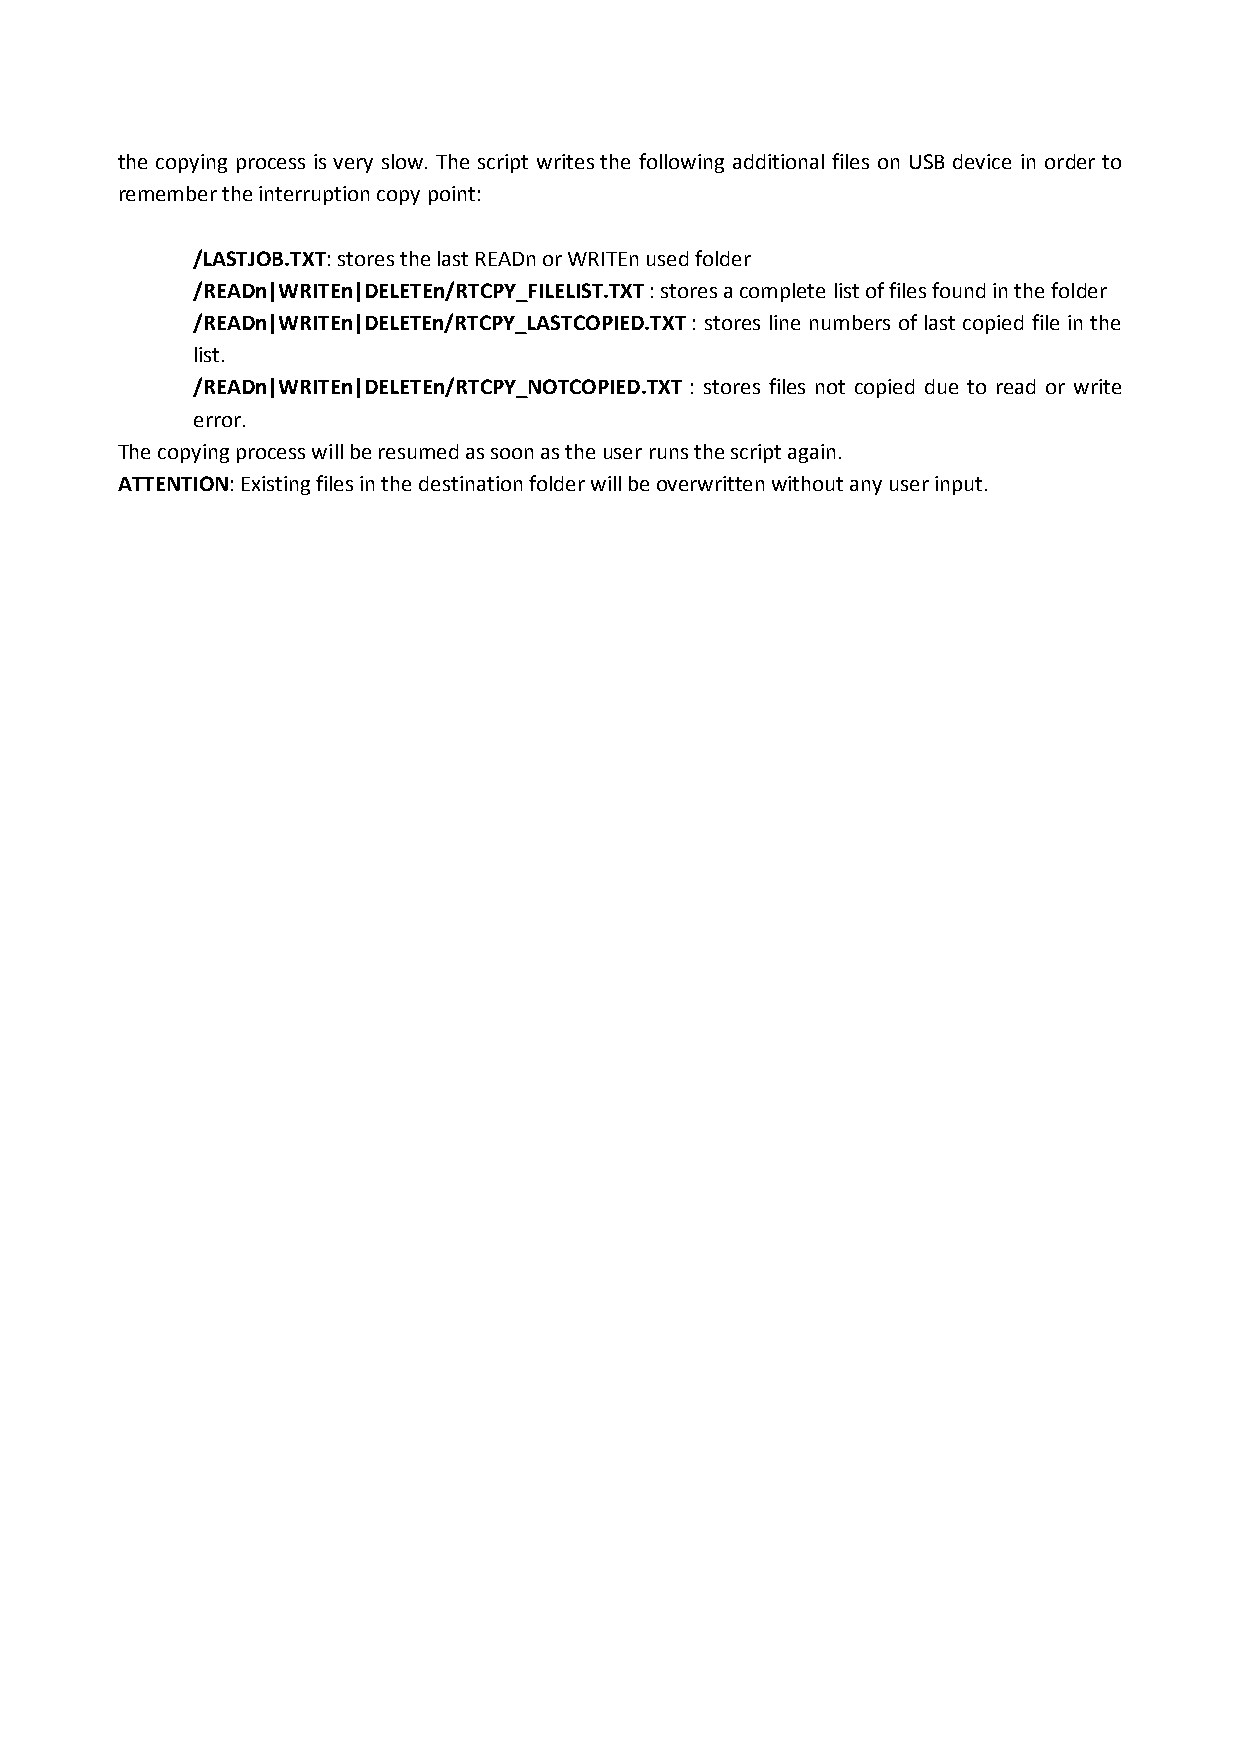
the copying process is very slow. The script writes the following additional files on USB device in order to
 remember the interruption copy point:
 /LASTJOB.TXT: stores the last READn or WRITEn used folder
 /READn|WRITEn|DELETEn/RTCPY_FILELIST.TXT : stores a complete list of files found in the folder
 /READn|WRITEn|DELETEn/RTCPY_LASTCOPIED.TXT : stores line numbers of last copied file in the
 list.
 /READn|WRITEn|DELETEn/RTCPY_NOTCOPIED.TXT : stores files not copied due to read or write
 error.
 The copying process will be resumed as soon as the user runs the script again.
 ATTENTION: Existing files in the destination folder will be overwritten without any user input.